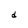
Character: d